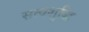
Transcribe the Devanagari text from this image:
सत्वशुद्धि